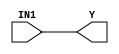
module stratixii_and1 (Y, IN1);
   input IN1;
   output Y;
   specify
      (IN1 => Y) = (0, 0);
   endspecify
   buf (Y, IN1);
endmodule